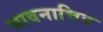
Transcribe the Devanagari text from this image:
भावनाचित्र